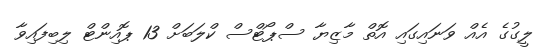
ލީގުގެ އެއް ވަނައިގައި އޮތް މާޒިޔާ ސްޕޯޓްސް ކްލަބަށް 13 ޕޮއިންޓް ލިބިފައިވާ